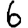
Digit: 6